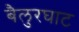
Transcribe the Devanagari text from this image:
बैलुरघाट